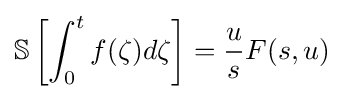
{\mathbb {S} }\left[\int _{0}^{t}f(\zeta )d\zeta \right]={\frac {u}{s}}F(s,u)